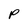
Character: P